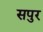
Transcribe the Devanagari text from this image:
सपुर